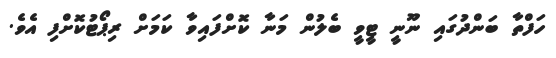
ހަފްތާ ބަންދުގައި ނޫނީ ޓީވީ ބެލުން މަނާ ކޮށްފައިވާ ކަމަށް ރިޕޯޓުކޮށްފި އެވެ.